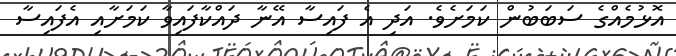
އޮޅުމެއްގެ ސަބަބުން ކަމަށެވެ. އަދި އެ ފައިސާ އޭނާ ދައްކާފައިވާ ކަމަށާއި އެފައިސާ